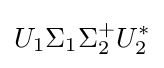
U_{1}\Sigma _{1}\Sigma _{2}^{+}U_{2}^{*}